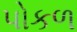
પોકળ